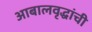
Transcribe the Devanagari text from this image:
आबालवृद्धांची